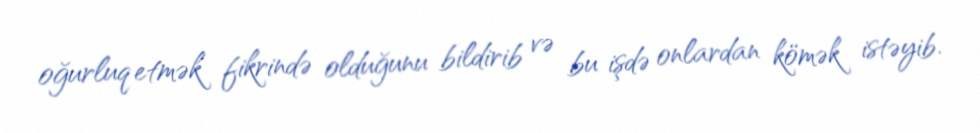
oğurluq etmək fikrində olduğunu bildirib və bu işdə onlardan kömək istəyib.